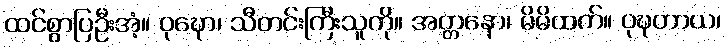
ထင်စွာပြဦးအံ့။ ဝုဍ္ဎော၊ သီတင်းကြီးသူကို။ အတ္တနော၊ မိမိထက်။ ဝုဍ္ဎတာယ၊